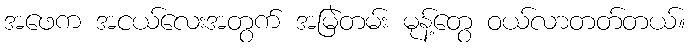
အဖေက အငယ်လေးအတွက် အမြဲတမ်း မုန့်တွေ ဝယ်လာတတ်တယ်။